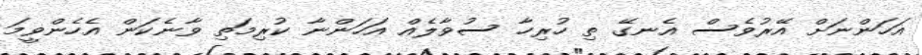
އަހަންނަށް އޭރުވެސް އެނގޭ ތި ހުރިހާ ސުވާލެއް އަހަންނާ ކުރިމަތި ވާނެކަން އެހެންވީމަ